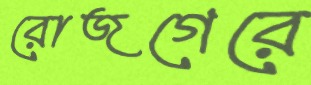
রোজগেরে